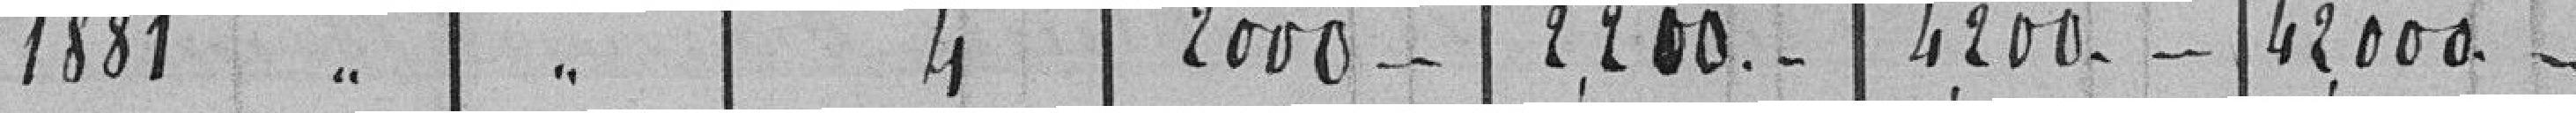
1881 " " 4 2.000 - - 2.200 - - 4.200 - - 42.000 - -